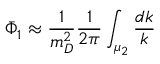
{ \bar { \Phi } } _ { 1 } \approx { \frac { 1 } { m _ { D } ^ { 2 } } } { \frac { 1 } { 2 \pi } } \int _ { \mu _ { 2 } } { \frac { d k } { k } }